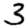
Digit: 3